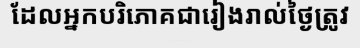
ដែលអ្នកបរិភោគជារៀងរាល់ថ្ងៃត្រូវ